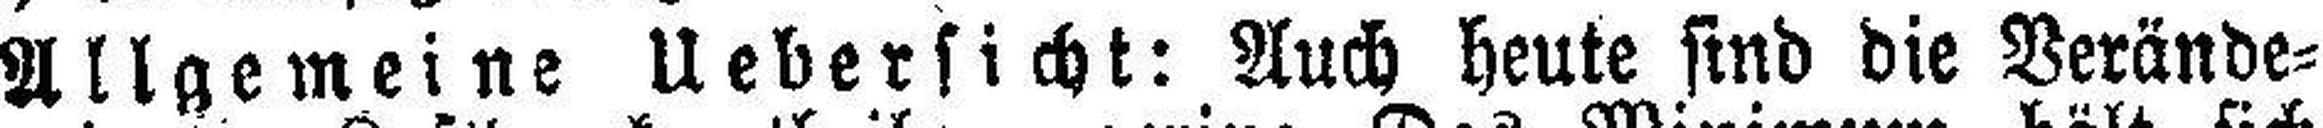
Allgemeine Uebersicht: Auch heute sind die Verände¬